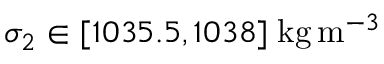
\sigma _ { 2 } \in [ 1 0 3 5 . 5 , 1 0 3 8 ] \; \mathrm { k g } \, \mathrm { m } ^ { - 3 }